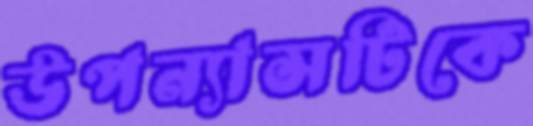
উপন্যাসটিকে